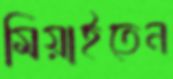
মিয়াইতেন